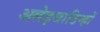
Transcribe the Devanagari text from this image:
अलेइजाडिन्हों